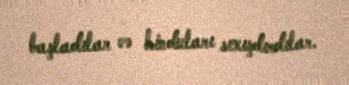
başladılar və hinduları sıxışdırdılar.